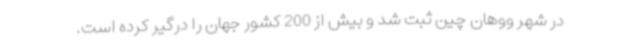
در شهر ووهان چین ثبت شد و بیش از 200 کشور جهان را درگیر کرده است.